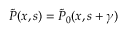
{ \widetilde P } ( x , s ) = { \widetilde P } _ { 0 } ( x , s + \gamma )